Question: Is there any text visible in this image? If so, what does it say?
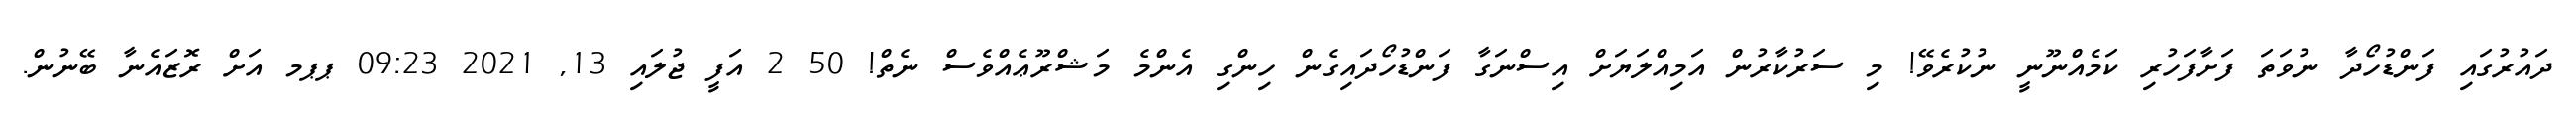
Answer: ދައުރުގައި ފަންޑުހޯދާ ނުވަތަ ފަށާފަހުރި ކަމެއްނޫނީ ނުކުރެވޭ! މި ސަރުކާރުން އަމިއްލަޔަށް އިސްނަގާ ފަންޑުހޯދައިގެން ހިންގި އެންމެ މަޝްރޫޢެއްވެސް ނެތް! 50 2 އަފީ ޖުލައި 13, 2021 09:23 ޕޕމ އަށް ރޮޒައެނާ ބޭނުން.